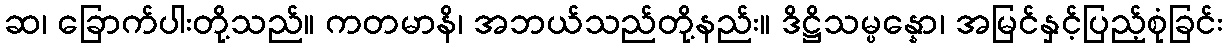
ဆ၊ ခြောက်ပါးတို့သည်။ ကတမာနိ၊ အဘယ်သည်တို့နည်း။ ဒိဋ္ဌိသမ္ပန္နော၊ အမြင်နှင့်ပြည့်စုံခြင်း